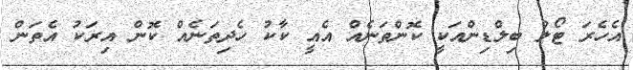
އެހެރަ ޓޯލް ބިލްޑިންއަކީ ކޮންތަނެއް އެއީ ކާކު ހެދިތަނެއް ކޮން އިރަކު އެތަން